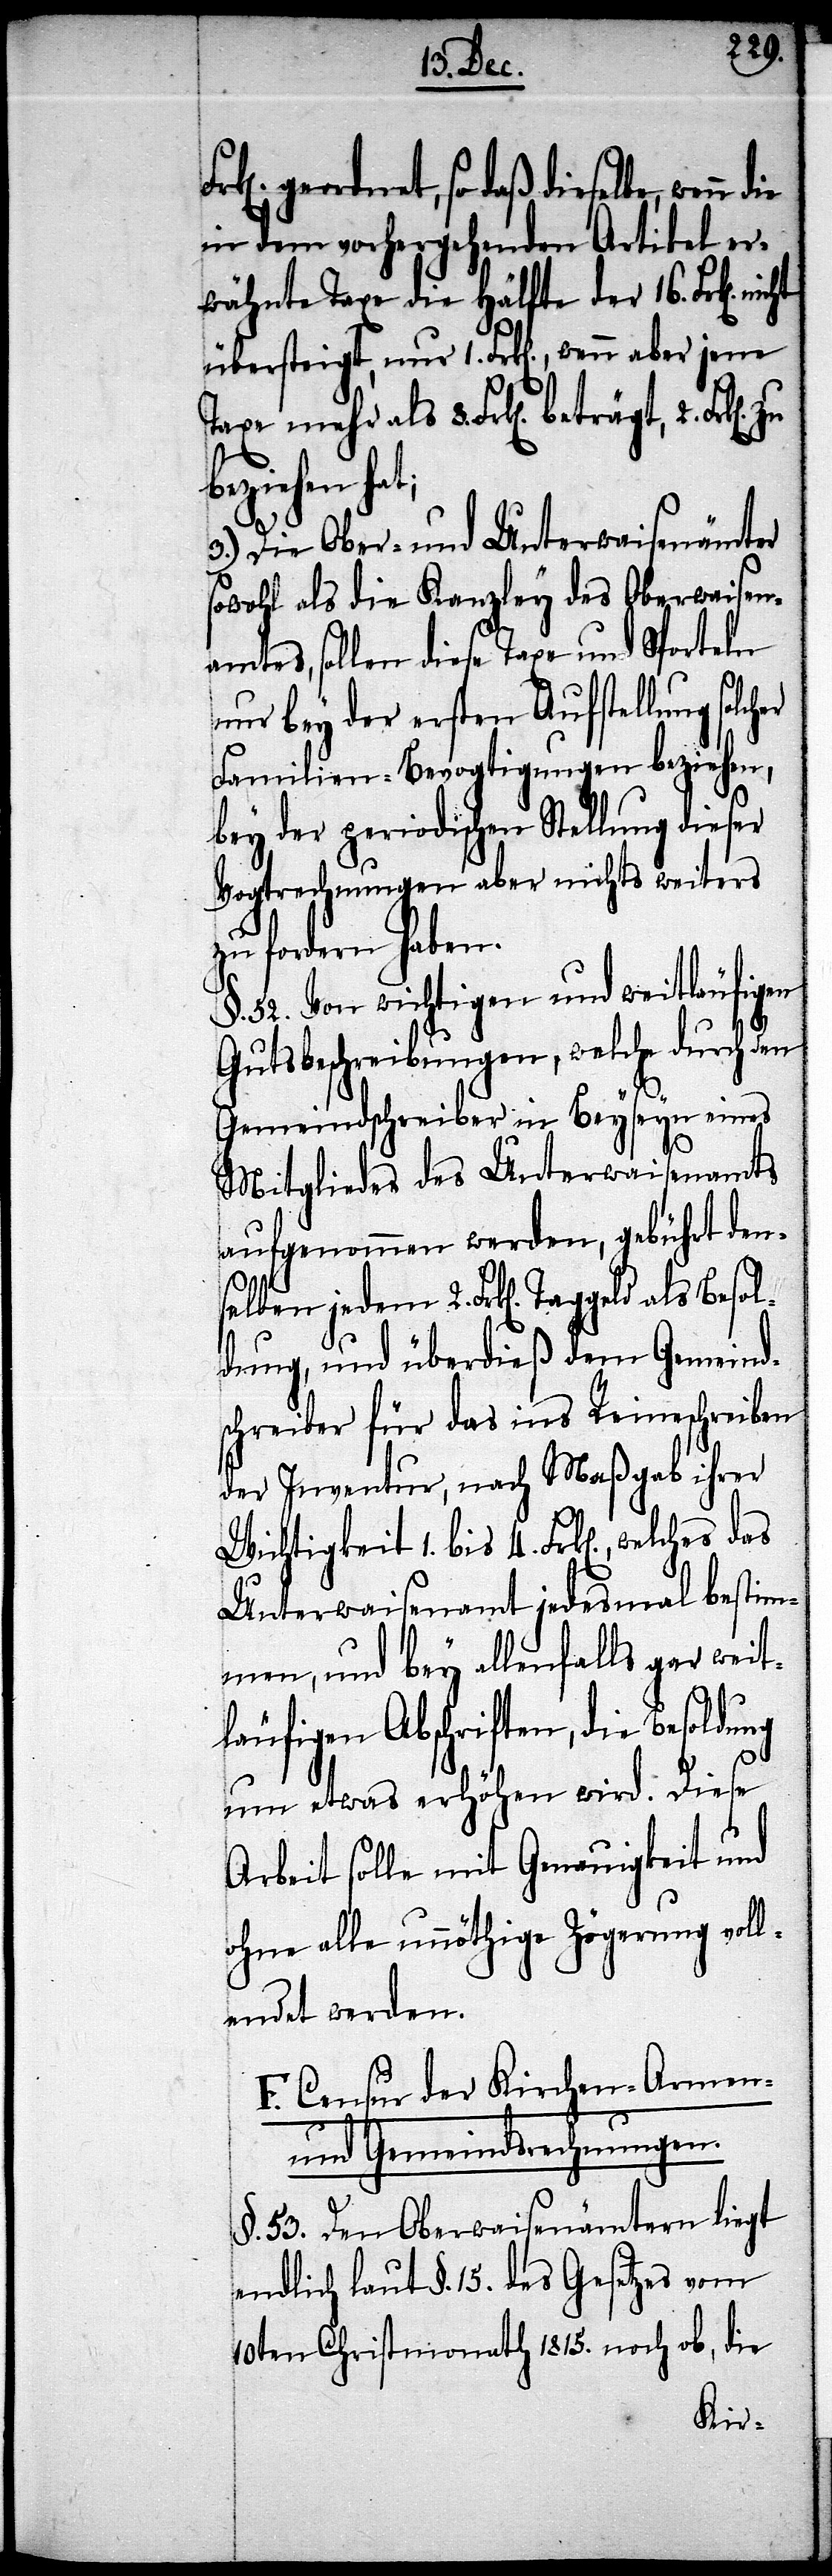
geordnet, so daß dieselbe, wenn
in dem vorhergehenden Artikel er¬
wähnte Taxe die Hälfte der 16. Frk[en].
übersteigt, nur 1. Frk[en]., wenn aber jene
welches das
3.) Die Ober- und Unterwaisenämter
sowohl als die Kanzley des Oberwaisen¬
amtes, sollen diese Taxe und Sporteln
nur bey der ersten Aufstellung solc¬
Familien-Bevogtigungen beziehen,
bey der periodischen Stellung dieser
Vogtrechnungen aber nichts weiters
zu fordern haben.
§. 52. von wichtigen und weitläufigen
Gutsbeschreibungen, welche durch den
Gemeindschreiber in Beyseyn eines
4.
Mitgliedes des Unterwaisenamts
aufgenommen werden, gebührt den¬
selben jedem 2. Frk[en]. Taggeld
dung, und überdieß dem Gemeind¬
schreiber für das ins Reineschreiben
der Inventur, nach Maßgab ihrer
Unterwaisenamt jedesmal bestim¬
mten, und bey allenfalls gar weit¬
läufigen Abschriften, die Besoldung
um etwas erhöhen wird. Diese
Arbeit solle mit Genauigkeit und
ohne alle unnöthige Zögerung voll¬
endet werden.
E. Censur der Kirchen- Armen-
und Gemeindsrechnungen.
§. 53. Den Oberwaisenämtern liegt
endlich laut §. 15. des Gesetzes vom
10ten Christmonath 1815. noch ob, die